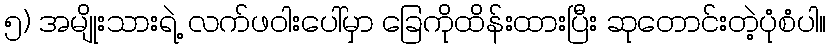
၅) အမျိုးသားရဲ့ လက်ဖဝါးပေါ်မှာ ခြေကိုထိန်းထားပြီး ဆုတောင်းတဲ့ပုံစံပါ။